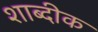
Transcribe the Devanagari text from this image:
शाब्दीक